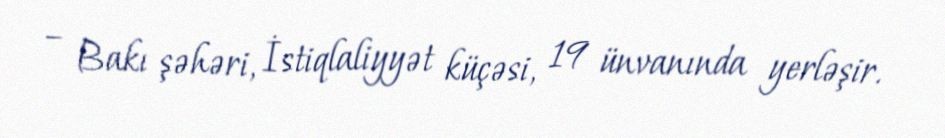
– Bakı şəhəri, İstiqlaliyyət küçəsi, 19 ünvanında yerləşir.